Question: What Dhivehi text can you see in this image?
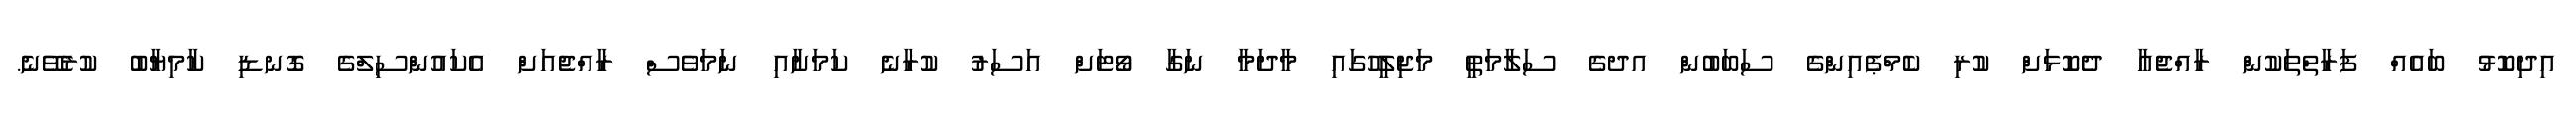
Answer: އިދިކޮޅު ބައެއް ފަރާތްތަކުން ރާއްޖެއާ ދެކޮޅަށް ކުރި ކެމްޕެއިންގެ ސަބަބުން އދގެ ސަލާމަތީ މަޖިލީހުގައި މާދަމާ ނަގާ ވޯޓަށް އަސަރު ކުރާނެ ކަމަށާއި ނަމަވެސް ރާއްޖެއަށް އެކައުންސިލްގެ ގޮނޑި ކާމިޔާބު ކުރެވޭނެ.